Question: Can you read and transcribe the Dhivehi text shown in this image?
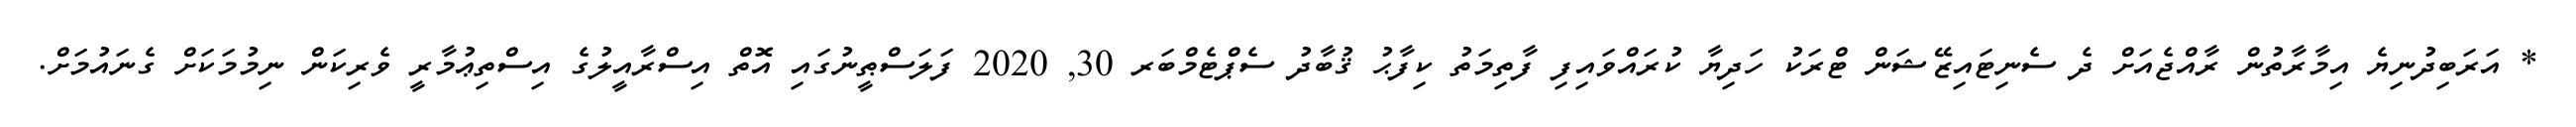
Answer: * އަރަބިދުނިޔެ އިމާރާތުން ރާއްޖެއަށް ދެ ސެނިޓައިޒޭޝަން ޓްރަކު ހަދިޔާ ކުރައްވައިފި ފާތިމަތު ކިފާޙު ޤުބާދު ސެޕްޓެމްބަރ 30, 2020 ފަލަސްޠީނުގައި އޮތް އިސްރާއީލުގެ އިސްތިޢުމާރީ ވެރިކަން ނިމުމަކަށް ގެނައުމަށް.